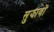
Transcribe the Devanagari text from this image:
सुझावोें